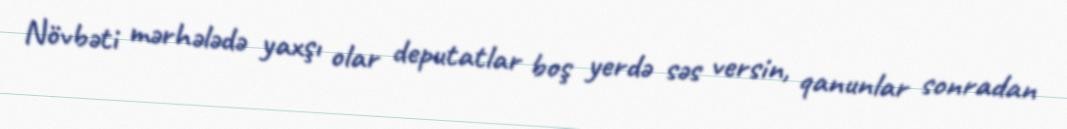
Növbəti mərhələdə yaxşı olar deputatlar boş yerdə səs versin, qanunlar sonradan